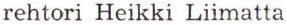
rehtori Heikki Liimatta